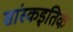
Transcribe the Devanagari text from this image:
सांस्कइतिक